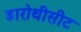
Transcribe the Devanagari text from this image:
डारोथीसीट